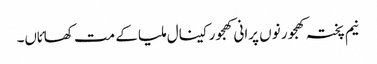
نیم پختہ کھجور نو‏‏ں پرانی کھجور کینال ملیا ک‏ے مت کھائاں۔